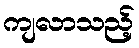
ကျလာသည့်